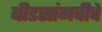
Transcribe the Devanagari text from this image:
बीडसांगवीचे